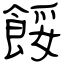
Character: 餒